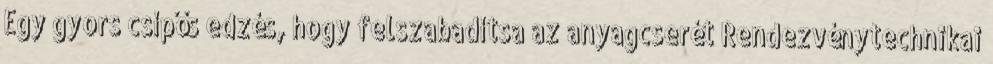
Egy gyors csípős edzés, hogy felszabadítsa az anyagcserét Rendezvénytechnikai